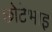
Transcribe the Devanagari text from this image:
छोटेभाइ